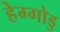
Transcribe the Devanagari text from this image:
हेग्गोडु